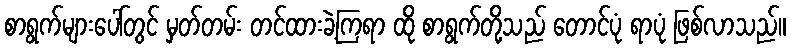
စာရွက်များပေါ်တွင် မှတ်တမ်း တင်ထားခဲ့ကြရာ ထို စာရွက်တို့သည် တောင်ပုံ ရာပုံ ဖြစ်လာသည်။